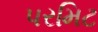
પરમિટ